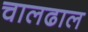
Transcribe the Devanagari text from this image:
चालढाल